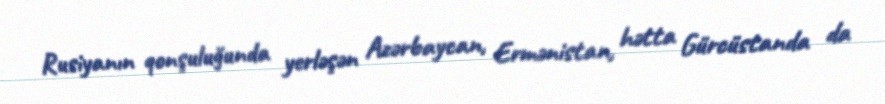
Rusiyanın qonşuluğunda yerləşən Azərbaycan, Ermənistan, hətta Gürcüstanda da